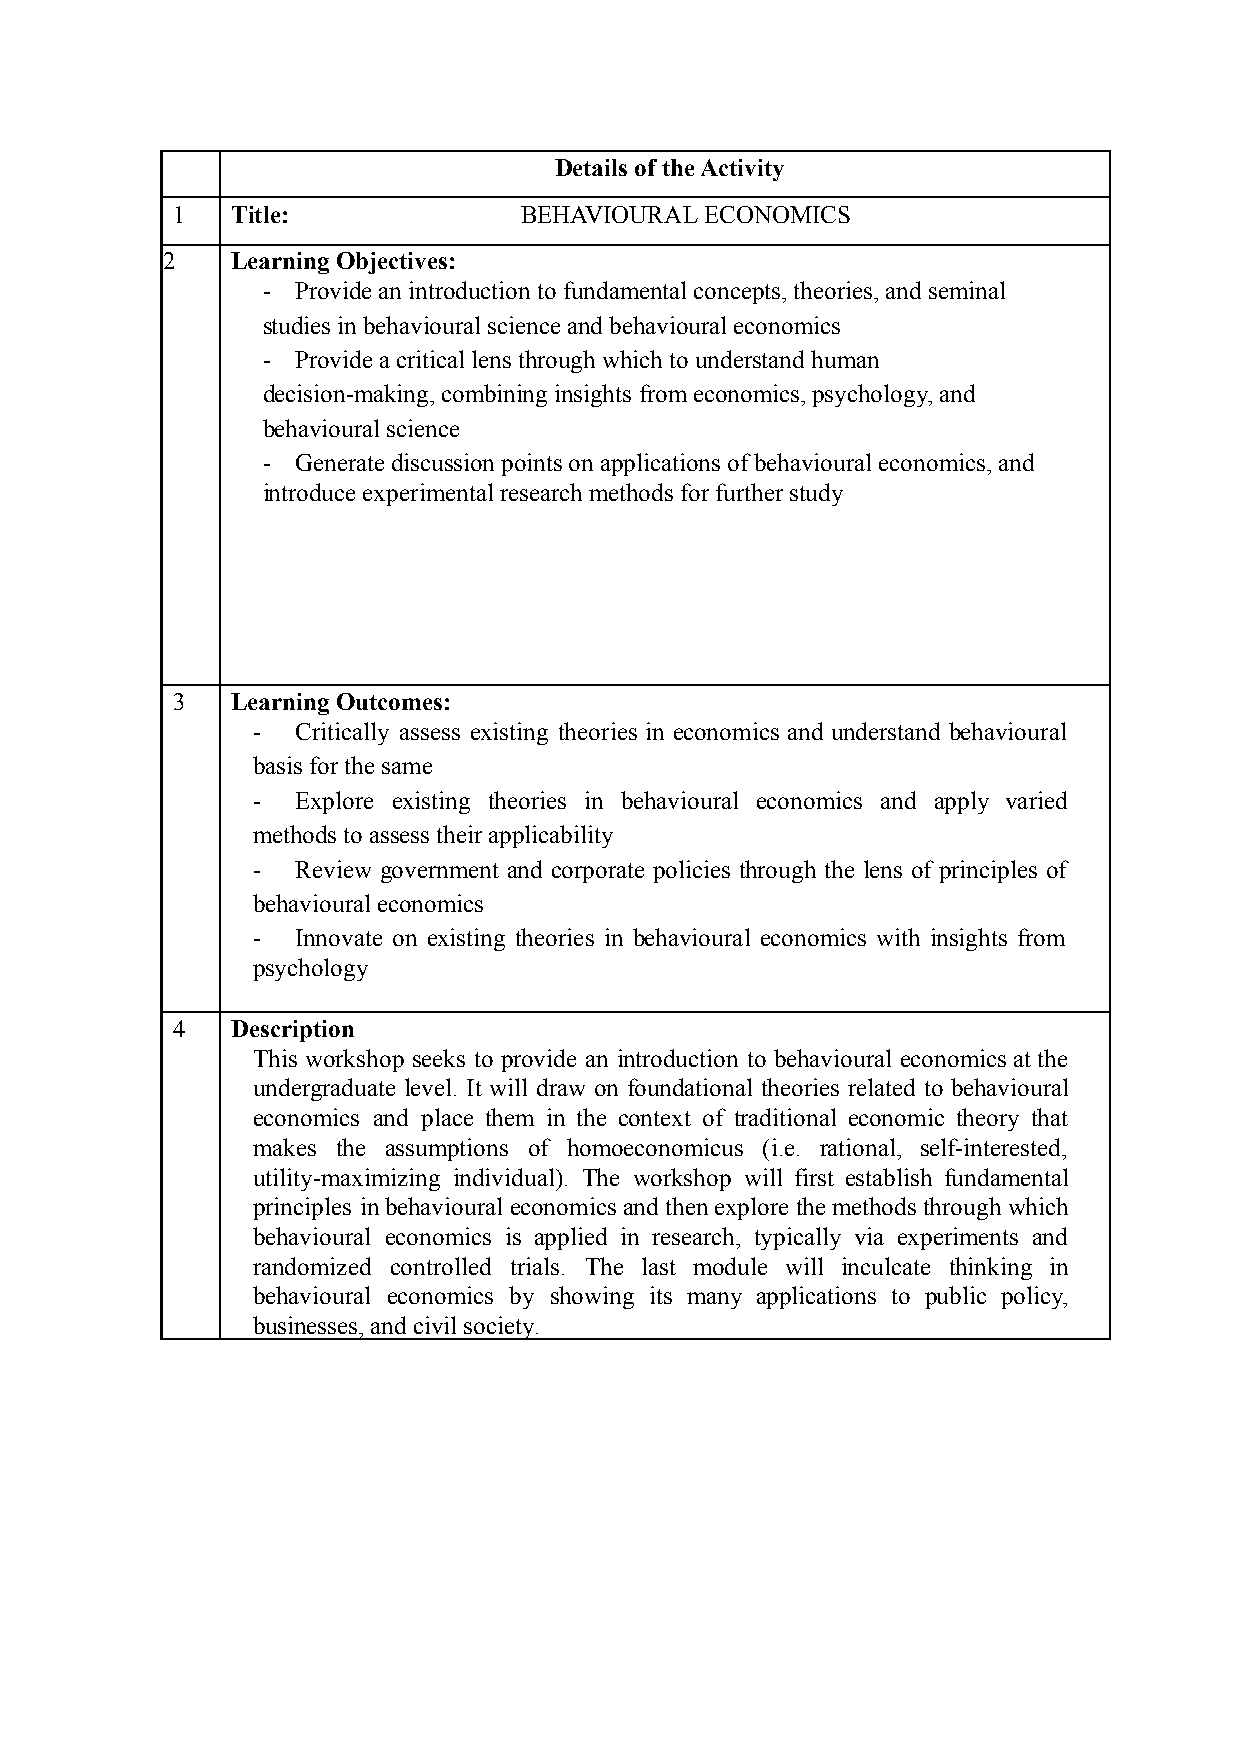
Details of the Activity
 1   Title:             BEHAVIOURAL  ECONOMICS
 2   Learning Objectives:
 -  Provide an introduction to fundamental concepts, theories, and seminal
 studies in behavioural science and behavioural economics
 -  Provide a critical lens through which to understand human
 decision-making, combining insights from economics, psychology, and
 behavioural science
 -  Generate discussion points on applications of behavioural economics, and
 introduce experimental research methods for further study
 3   Learning Outcomes:
 -  Critically assess existing theories in economics and understand behavioural
 basis for the same
 -  Explore existing theories in behavioural economics and apply varied
 methods to assess their applicability
 -  Review government and corporate policies through the lens of principles of
 behavioural economics
 -  Innovate on existing theories in behavioural economics with insights from
 psychology
 4   Description
 This workshop seeks to provide an introduction to behavioural economics atthe
 undergraduate level. It will draw on foundational theories related to behavioural
 economics and place them in the context of traditional economic theory that
 makes the assumptions of homoeconomicus (i.e. rational, self-interested,
 utility-maximizing individual). The workshop will first establish fundamental
 principles in behaviouraleconomics andthenexplore themethodsthrough which
 behavioural economics is applied in research, typically via experiments and
 randomized controlled trials. The last module will inculcate thinking in
 behavioural economics by showing its many applications to public policy,
 businesses, and civil society.